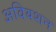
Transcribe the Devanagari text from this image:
अवियशन